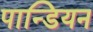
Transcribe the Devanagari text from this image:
पान्डियन